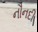
નૌનદી